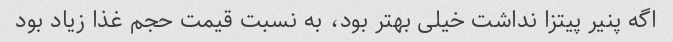
اگه پنیر پیتزا نداشت خیلی بهتر بود، به نسبت قیمت حجم غذا زیاد بود